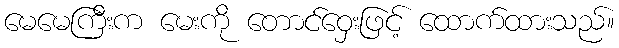
မေမေကြီးက မေးကို တောင်ဝှေးဖြင့် ထောက်ထားသည်။